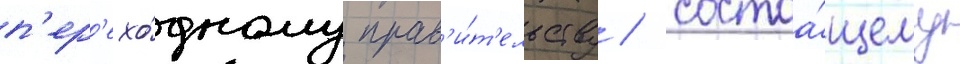
п'ер'ехо́дному прав'и́т'ельству / состоа́щему